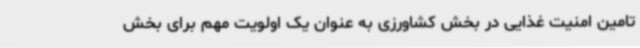
تامین امنیت غذایی در بخش کشاورزی به عنوان یک اولویت مهم برای بخش